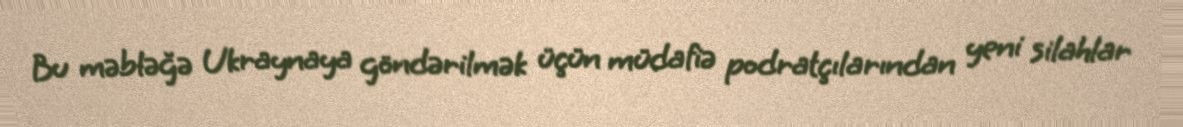
Bu məbləğə Ukraynaya göndərilmək üçün müdafiə podratçılarından yeni silahlar